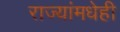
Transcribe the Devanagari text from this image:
राज्यांमधेही